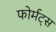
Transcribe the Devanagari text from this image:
फोर्मट्स